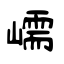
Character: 嶿